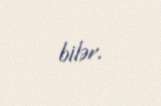
bilər.